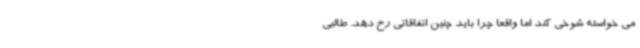
می خواسته شوخی کند اما واقعا چرا باید چنین اتفاقاتی رخ دهد. طالبی